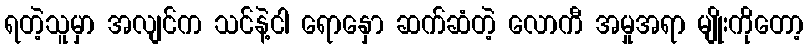
ရတဲ့သူမှာ အလျင်က သင်နဲ့ငါ ရောနှော ဆက်ဆံတဲ့ လောကီ အမှုအရာ မျိုးကိုတော့